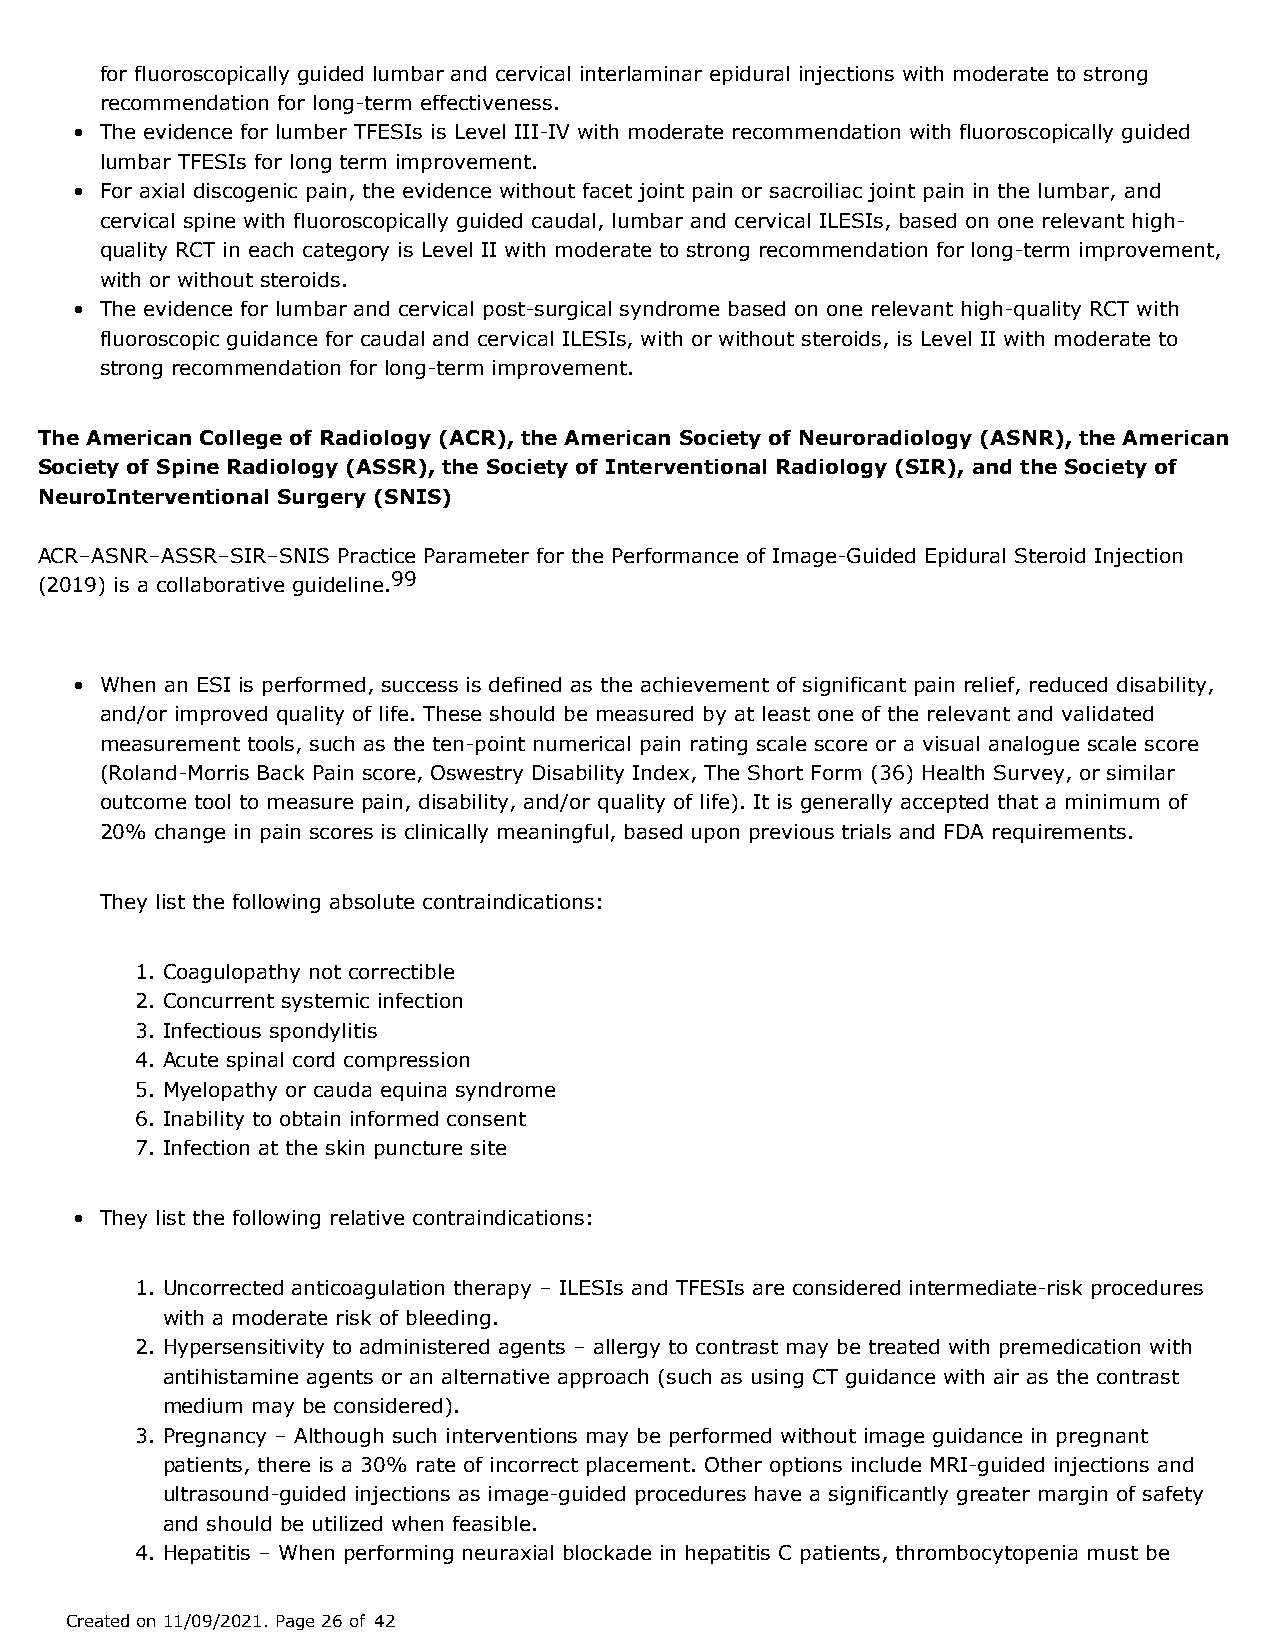
for fluoroscopically guided lumbar and cervical interlaminar epidural injections with moderate to strong
 recommendation for long-term effectiveness.
 • The evidence for lumber TFESIs is Level III-IV with moderate recommendation with fluoroscopically guided
 lumbar TFESIs for long term improvement.
 • For axial discogenic pain, the evidence without facet joint pain or sacroiliac joint pain in the lumbar, and
 cervical spine with fluoroscopically guided caudal, lumbar and cervical ILESIs, based on one relevant high-
 quality RCT in each category is Level II with moderate to strong recommendation for long-term improvement,
 with or without steroids.
 • The evidence for lumbar and cervical post-surgical syndrome based on one relevant high-quality RCT with
 fluoroscopic guidance for caudal and cervical ILESIs, with or without steroids, is Level II with moderate to
 strong recommendation for long-term improvement.
 The American College of Radiology (ACR), the American Society of Neuroradiology (ASNR), the American
 Society of Spine Radiology (ASSR), the Society of Interventional Radiology (SIR), and the Society of
 NeuroInterventional Surgery (SNIS)
 ACR–ASNR–ASSR–SIR–SNIS Practice Parameter for the Performance of Image-Guided Epidural Steroid Injection
 99
 (2019) is a collaborative guideline.
 • When an ESI is performed, success is defined as the achievement of significant pain relief, reduced disability,
 and/or improved quality of life. These should be measured by at least one of the relevant and validated
 measurement tools, such as the ten-point numerical pain rating scale score or a visual analogue scale score
 (Roland-Morris Back Pain score, Oswestry Disability Index, The Short Form (36) Health Survey, or similar
 outcome tool to measure pain, disability, and/or quality of life). It is generally accepted that a minimum of
 20% change in pain scores is clinically meaningful, based upon previous trials and FDA requirements.
 They list the following absolute contraindications:
 1. Coagulopathy not correctible
 2. Concurrent systemic infection
 3. Infectious spondylitis
 4. Acute spinal cord compression
 5. Myelopathy or cauda equina syndrome
 6. Inability to obtain informed consent
 7. Infection at the skin puncture site
 • They list the following relative contraindications:
 1. Uncorrected anticoagulation therapy – ILESIs and TFESIs are considered intermediate-risk procedures
 with a moderate risk of bleeding.
 2. Hypersensitivity to administered agents – allergy to contrast may be treated with premedication with
 antihistamine agents or an alternative approach (such as using CT guidance with air as the contrast
 medium may be considered).
 3. Pregnancy – Although such interventions may be performed without image guidance in pregnant
 patients, there is a 30% rate of incorrect placement. Other options include MRI-guided injections and
 ultrasound-guided injections as image-guided procedures have a significantly greater margin of safety
 and should be utilized when feasible.
 4. Hepatitis – When performing neuraxial blockade in hepatitis C patients, thrombocytopenia must be
 Created on 11/09/2021. Page 26 of 42